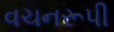
વચનરૂપી